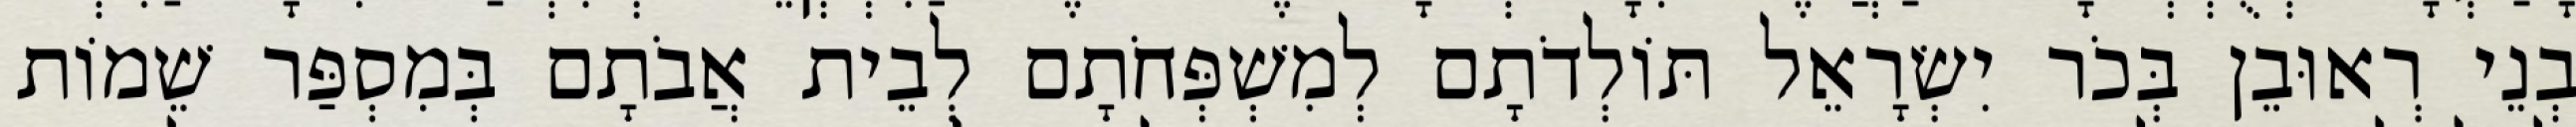
בְנֵי רְאוּבֵן בְּכֹר יִשְׂרָאֵל תּוֹלְדֹתָם לְמִשְׁפְּחֹתָם לְבֵית אֲבֹתָם בְּמִסְפַּר שֵׁמוֹת